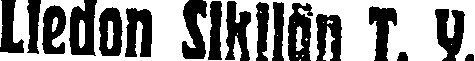
Liedon Sikilän T. Y.